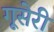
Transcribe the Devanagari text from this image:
गूसेरी